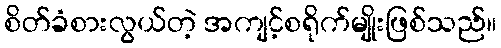
စိတ်ခံစားလွယ်တဲ့ အကျင့်စရိုက်မျိုးဖြစ်သည်။